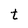
Character: t